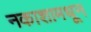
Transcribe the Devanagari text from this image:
नकाशामधून